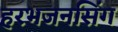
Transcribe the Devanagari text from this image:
हरभजनसिंग